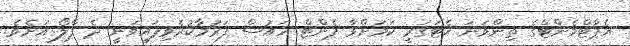
އެޕާޓްމެންޓްގެ ތިންވަނަ ކެޓަގަރީ ކަމަށްވާ ޕެންޓް ހައުސް ފަރުމާކުރެވިފައިވަނީ ދެ ފްލޯ އަށެވެ.